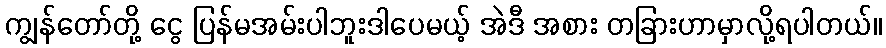
ကျွန်တော်တို့ ငွေ ပြန်မအမ်းပါဘူးဒါပေမယ့် အဲဒီ အစား တခြားဟာမှာလို့ရပါတယ်။